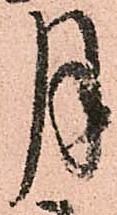
月